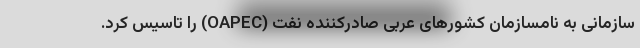
سازمانی به نامسازمان کشورهای عربی صادرکننده نفت (OAPEC) را تاسیس کرد.